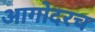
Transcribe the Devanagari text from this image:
आगोदरच